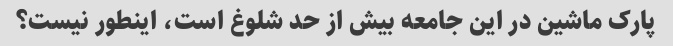
پارک ماشین در این جامعه بیش از حد شلوغ است، اینطور نیست؟